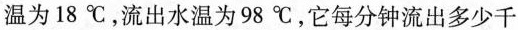
温为18℃，流出水温为98℃，它每分钟流出多少千